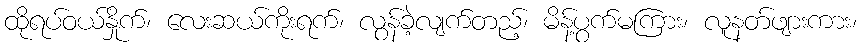
ထိုရပ်ဝယ်နှိုက်၊ လေးဆယ်ကိုးရက်၊ လွန်ခဲ့လျက်တည့်၊ မိန့်ပွက်မကြား၊ လူနတ်ဖျားကား၊